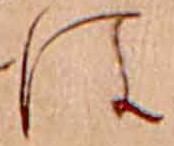
は